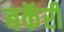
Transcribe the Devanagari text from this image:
बकॅरी